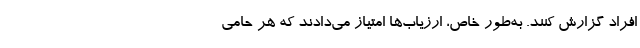
افراد گزارش کنند. به‌طور خاص، ارزیاب‌ها امتیاز می‌دادند که هر حامی